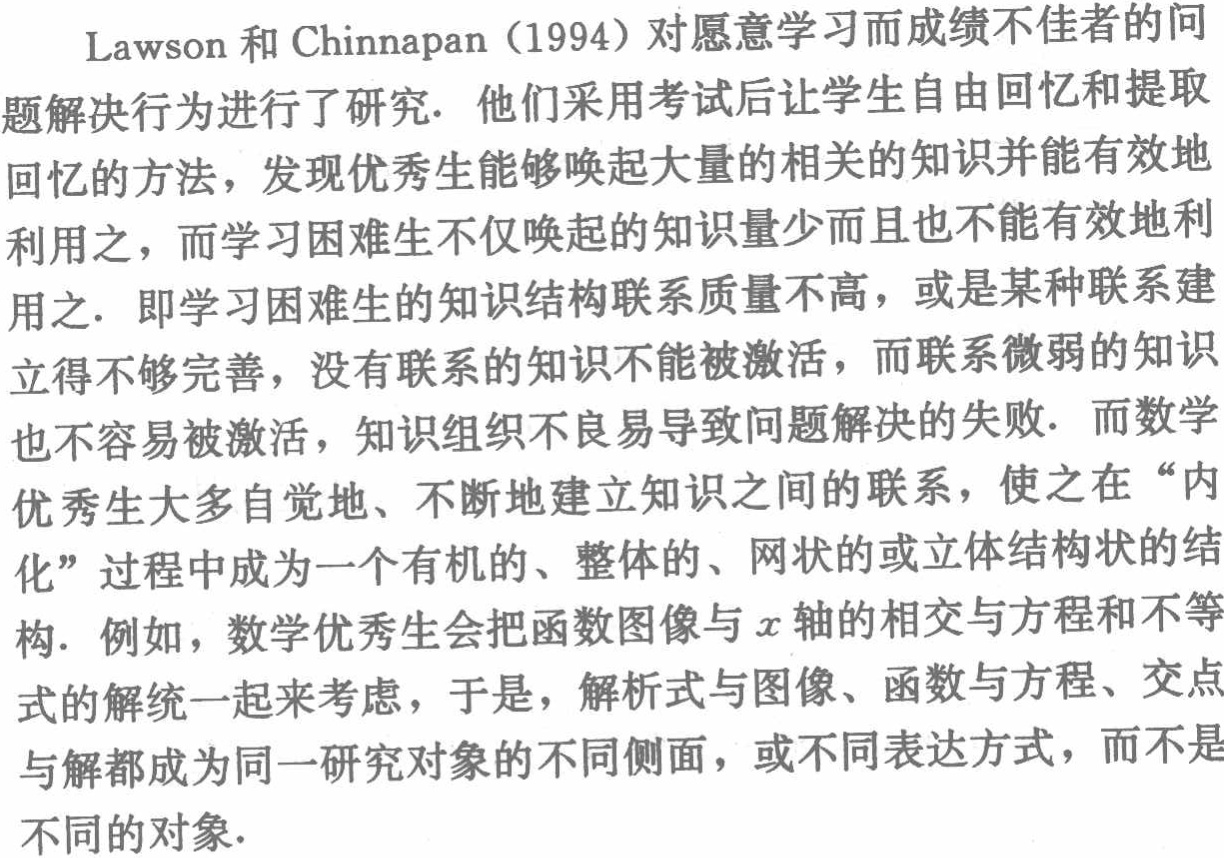
Lawson 和 Chinnapan（1994）对愿意学习而成绩不佳者的问
题解决行为进行了研究. 他们采用考试后让学生自由回忆和提取
回忆的方法，发现优秀生能够唤起大量的相关的知识并能有效地
利用之，而学习困难生不仅唤起的知识量少而且也不能有效地利
用之. 即学习困难生的知识结构联系质量不高，或是某种联系建
立得不够完善，没有联系的知识不能被激活，而联系微弱的知识
也不容易被激活，知识组织不良易导致问题解决的失败. 而数学
优秀生大多自觉地、不断地建立知识之间的联系，使之在 “内
化” 过程中成为一个有机的、整体的、网状的或立体结构状的结
构. 例如，数学优秀生会把函数图像与\(x\)轴的相交与方程和不等
式的解统一起来考虑，于是，解析式与图像、函数与方程、交点
与解都成为同一研究对象的不同侧面，或不同表达方式，而不是
不同的对象.